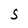
Character: S